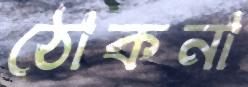
ঠোকনা